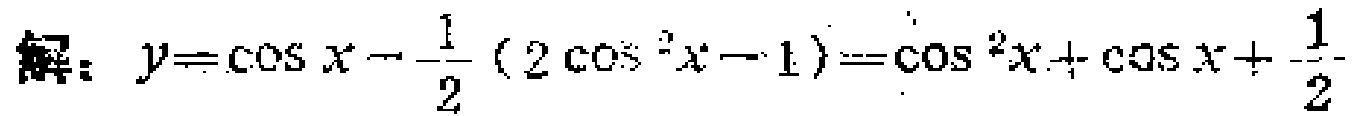
解：$y = \cos x - \frac{1}{2}(2\cos^{2}x - 1)=\cos^{2}x+\cos x+\frac{1}{2}$